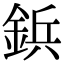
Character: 鋲